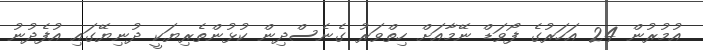
އުމުރުން 24 އަހަރުގެ ފޯވަޑް ނޭމާއަށް ހިތްވަރު ގެނެސްދިން ކުޅުންތެރިިޔަކީ ދުނިޔޭގައި އުފެދުނު